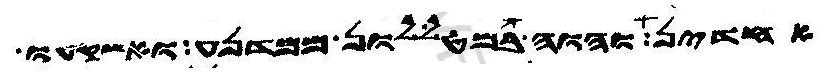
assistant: אחדין והוה במטללון ממדנע ואשקעו